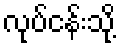
လုပ်ငန်းသို့